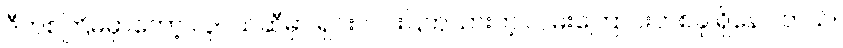
ဒီတစ်ကြိမ်မှာတော့ လူငယ်ဆီမှာ ရှင်းလင်းပြတ်သားတဲ့ လမ်းကြောင်းတစ်ခု ရှိနေပါတယ်။